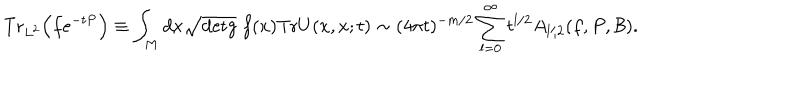
\mathrm { { T r } } _ { L ^ { 2 } } \Bigr ( f e ^ { - t P } \Bigr ) \equiv \int _ { M } d x \sqrt { \mathrm { { d e t } } g } \; f ( x ) \mathrm { { T r } } U ( x , x ; t ) \sim ( 4 \pi t ) ^ { - m / 2 } \sum _ { l = 0 } ^ { \infty } t ^ { l / 2 } A _ { l / 2 } ( f , P , { \cal B } ) .